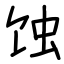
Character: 蚀